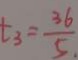
t _ { 3 } = \frac { 3 6 } { 5 }